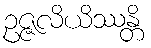
ဥဇ္ဇလိယိဿန္တိ